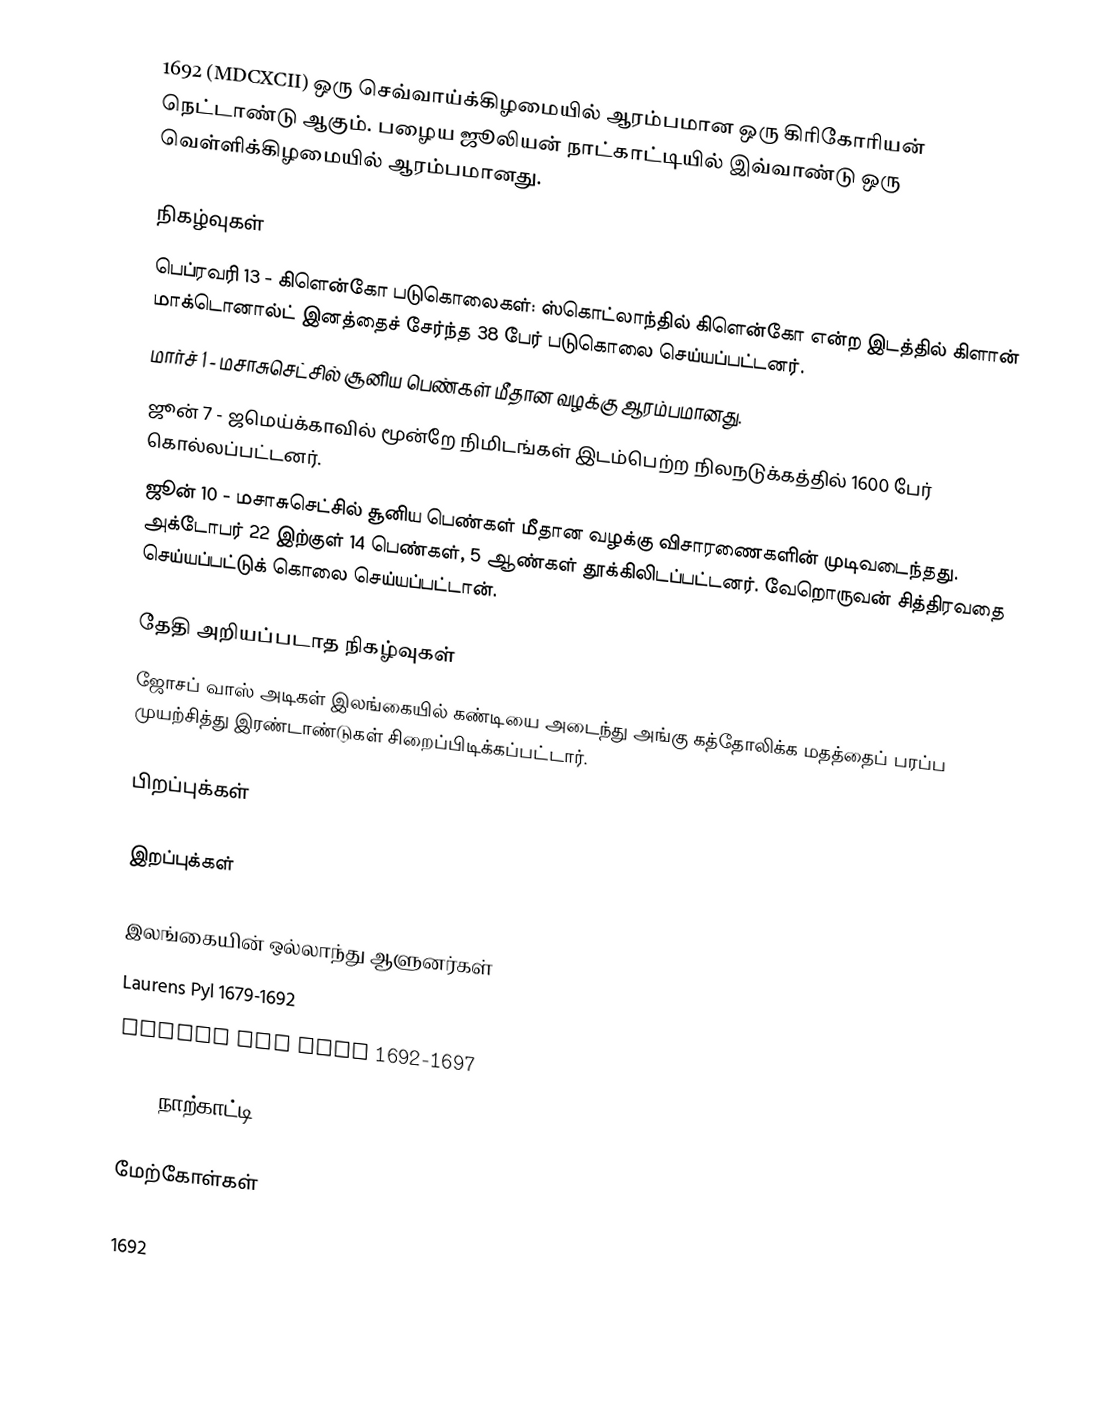
1692 (MDCXCII) ஒரு செவ்வாய்க்கிழமையில் ஆரம்பமான ஒரு கிரிகோரியன் நெட்டாண்டு ஆகும். பழைய ஜூலியன் நாட்காட்டியில் இவ்வாண்டு ஒரு வெள்ளிக்கிழமையில் ஆரம்பமானது.

நிகழ்வுகள்
 பெப்ரவரி 13 - கிளென்கோ படுகொலைகள்: ஸ்கொட்லாந்தில் கிளென்கோ என்ற இடத்தில் கிளான் மாக்டொனால்ட் இனத்தைச் சேர்ந்த 38 பேர் படுகொலை செய்யப்பட்டனர்.
 மார்ச் 1 - மசாசுசெட்சில் சூனிய பெண்கள் மீதான வழக்கு ஆரம்பமானது.
 ஜூன் 7 - ஜமெய்க்காவில் மூன்றே நிமிடங்கள் இடம்பெற்ற நிலநடுக்கத்தில் 1600 பேர் கொல்லப்பட்டனர்.
 ஜூன் 10 - மசாசுசெட்சில் சூனிய பெண்கள் மீதான வழக்கு விசாரணைகளின் முடிவடைந்தது. அக்டோபர் 22 இற்குள் 14 பெண்கள், 5 ஆண்கள் தூக்கிலிடப்பட்டனர். வேறொருவன் சித்திரவதை செய்யப்பட்டுக் கொலை செய்யப்பட்டான்.

தேதி அறியப்படாத நிகழ்வுகள்
 ஜோசப் வாஸ் அடிகள் இலங்கையில் கண்டியை அடைந்து அங்கு கத்தோலிக்க மதத்தைப் பரப்ப முயற்சித்து இரண்டாண்டுகள் சிறைப்பிடிக்கப்பட்டார்.

பிறப்புக்கள்

இறப்புக்கள்

இலங்கையின் ஒல்லாந்து ஆளுனர்கள்
 Laurens Pyl 1679-1692
 Thomas van Rhee 1692-1697

1692 நாற்காட்டி

மேற்கோள்கள்

1692